Juri_Uluots, lk 153
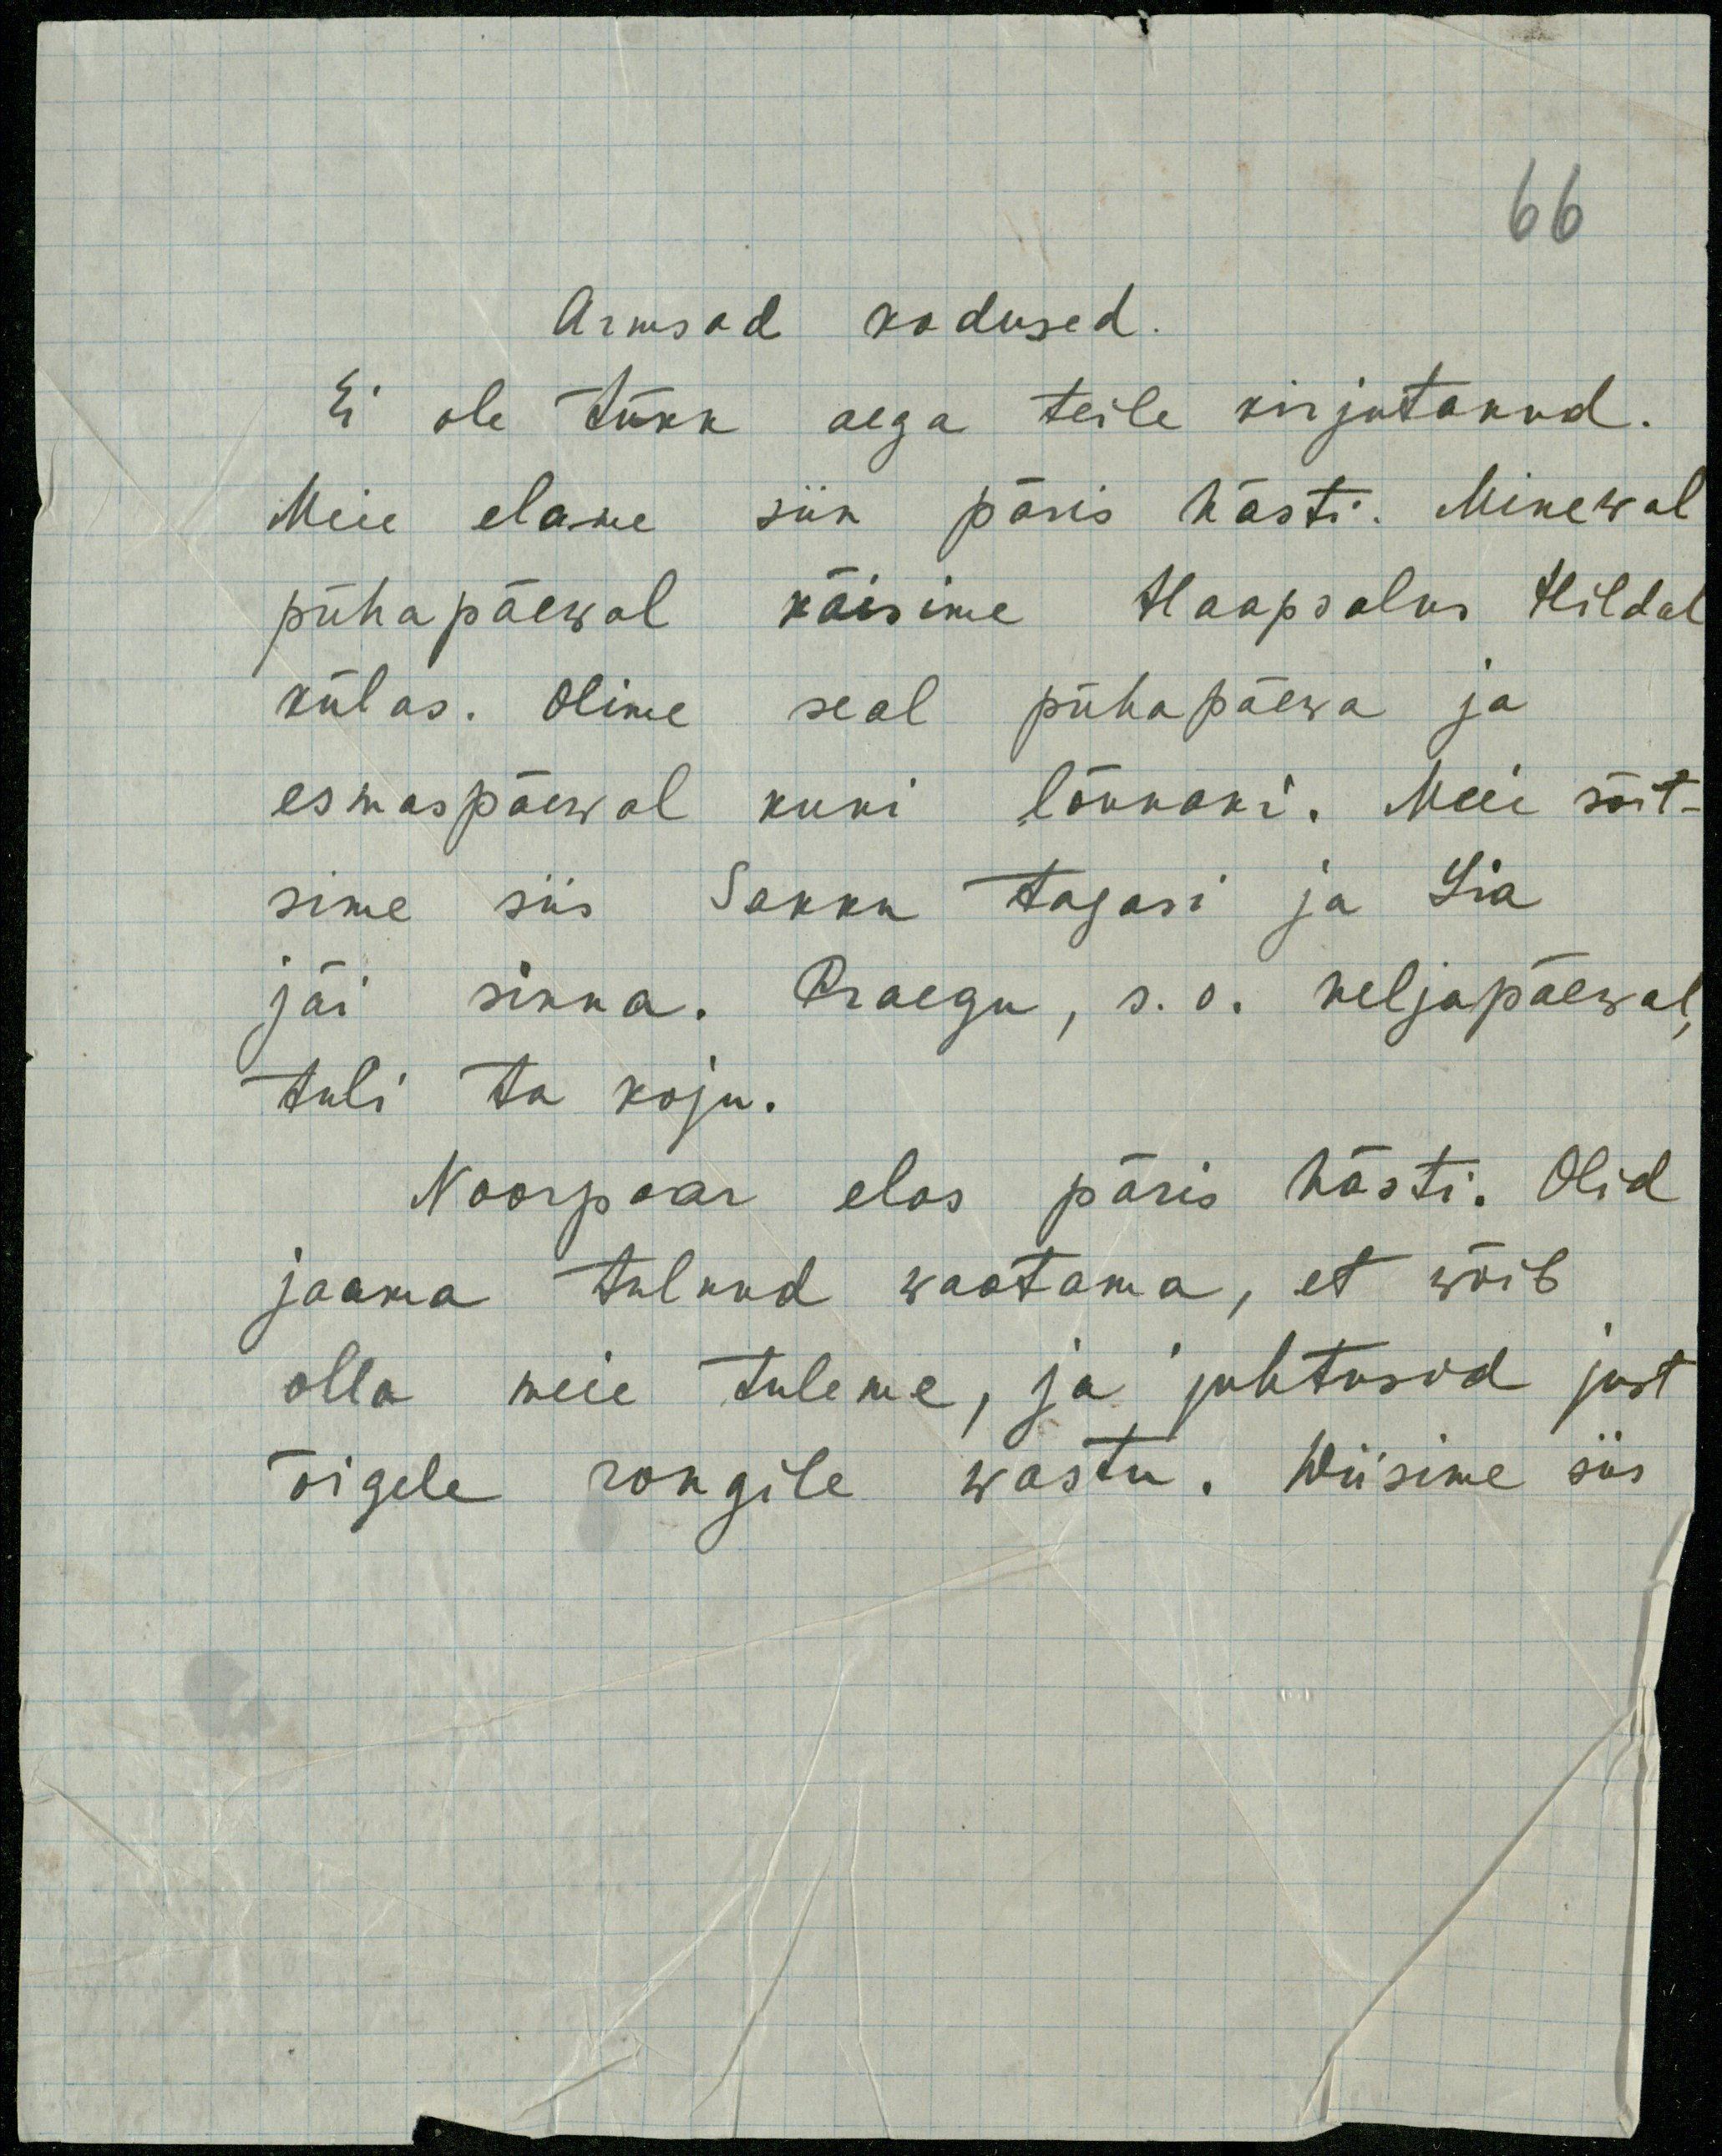
66
Armsad kodused.
Ei ole tükk aega teile kirjutanud.
Meie elame siin päris hästi. Minewal
pühapäewal käisime Haapsalus Hildal
külas. Olime seal pühapäewa ja
esmaspäewal kuni lõunani. Meie sõit-
sime siis Sakku tagasi ja Lia
jäi sinna. Praegu, s.o. neljapäewal
tuli ta koju.
Noorpaar elas päris hästi. Olid
jaama tulnud waatama, et wõib
olla meie tuleme, ja juhtusid just
õigele rongile wastu. Wiisime siis